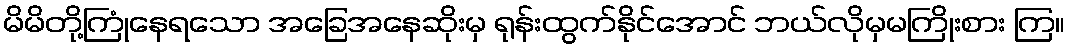
မိမိတို့ကြုံနေရသော အခြေအနေဆိုးမှ ရုန်းထွက်နိုင်အောင် ဘယ်လိုမှမကြိုးစား ကြ။